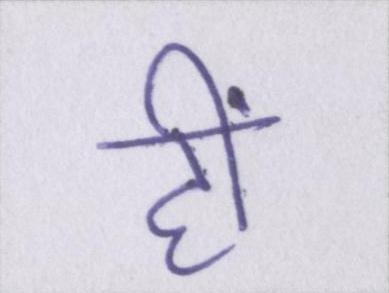
हीं